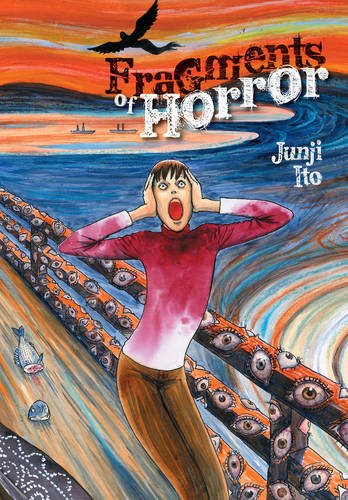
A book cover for Fragments of Horror; Junji Ito; Comics & Graphic Novels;